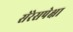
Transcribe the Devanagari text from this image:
सेरेसपेक्षा